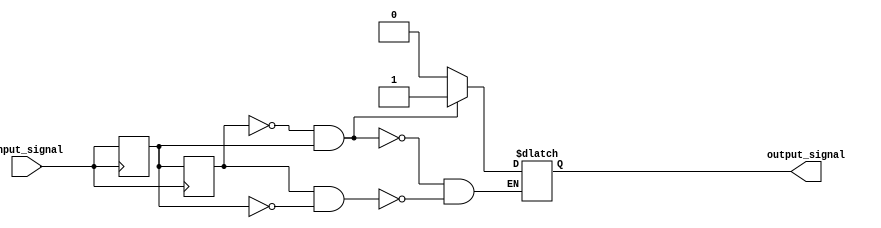
module Schmitt_trigger_buffer (
    input wire input_signal,
    output reg output_signal
);

reg reg1, reg2;

always @ (posedge input_signal)
begin
    reg1 <= input_signal;
    reg2 <= reg1;
end

always @ (*)
begin
    if (reg2 == 1'b0 && reg1 == 1'b1)
        output_signal <= 1'b1;
    else if (reg2 == 1'b1 && reg1 == 1'b0)
        output_signal <= 1'b0;
end

endmodule